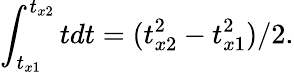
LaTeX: \int_{t_{x1}}^{t_{x2}}tdt=(t_{x2}^{2}-t_{x1}^{2})/2.